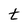
Character: t